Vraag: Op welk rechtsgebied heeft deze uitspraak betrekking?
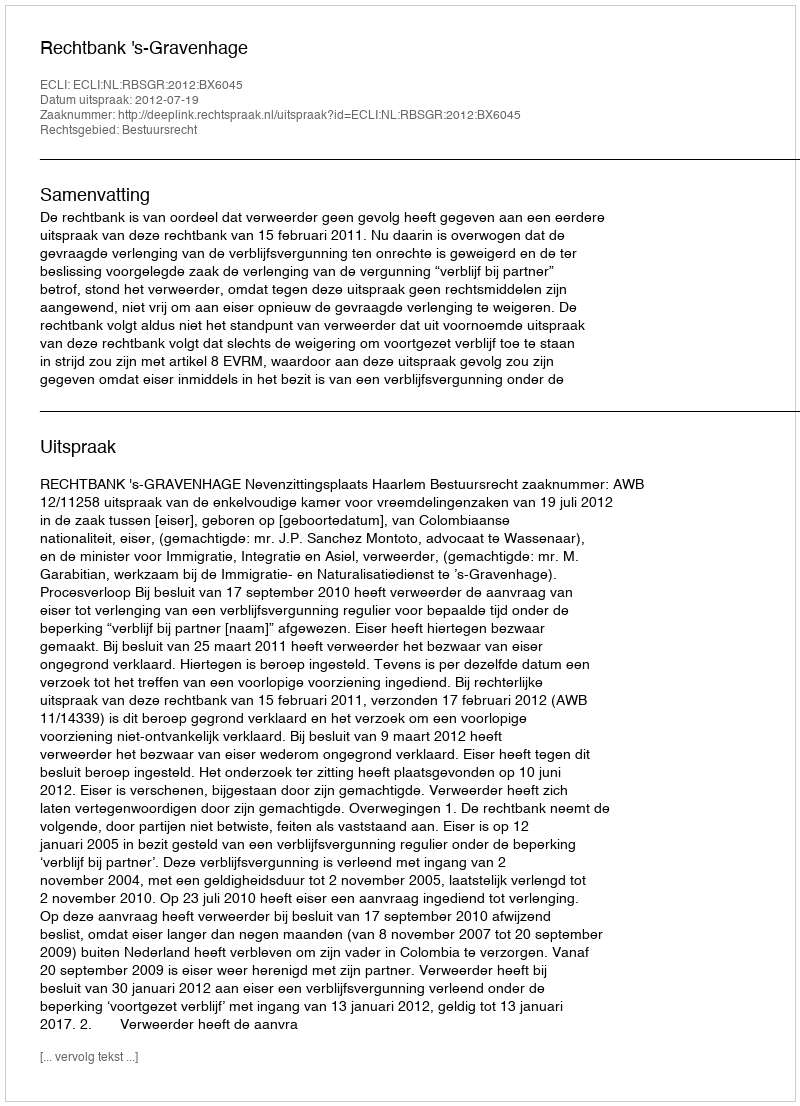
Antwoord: Bestuursrecht